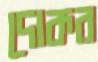
দোকর